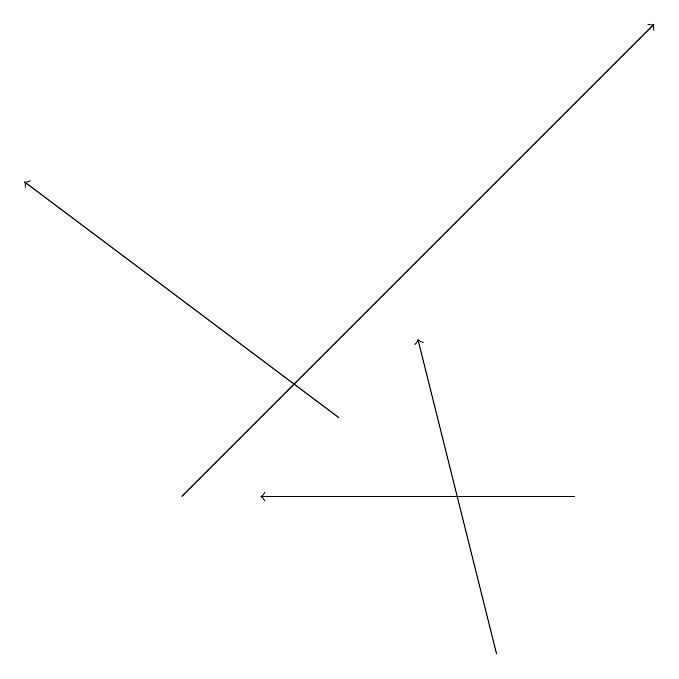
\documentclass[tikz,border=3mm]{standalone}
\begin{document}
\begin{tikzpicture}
\draw[->] (7,10) -- (6,14);
\draw[->] (8,12) -- (4,12);
\draw[->] (5,13) -- (1,16);
\draw[->] (3,12) -- (9,18);
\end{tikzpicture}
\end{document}